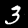
Digit: 3